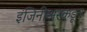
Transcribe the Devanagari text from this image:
इंजिनीअरकडून